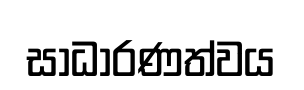
සාධාරණත්වය